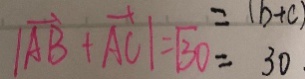
\vert \overrightarrow { A B } + \overrightarrow { A C } \vert = ( b + c ) = 3 0